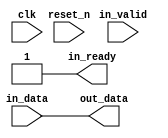
// --------------------------------------------------------------------------------
//| Avalon Streaming Timing Adapter
// --------------------------------------------------------------------------------
// altera message_level level1

`timescale 1ns / 100ps
module qsys_10g_eth_10g_design_example_0_pa_pg_after_timing_adapter (
    
      // Interface: clk
      input              clk,
      // Interface: reset
      input              reset_n,
      // Interface: in
      output reg         in_ready,
      input              in_valid,
      input      [ 1: 0] in_data,
      // Interface: out
      output reg [ 1: 0] out_data
);




   // ---------------------------------------------------------------------
   //| Signal Declarations
   // ---------------------------------------------------------------------

   reg  [ 1: 0] in_payload;
   reg  [ 1: 0] out_payload;
   reg  [ 0: 0] ready;
   reg          out_valid;
   // synthesis translate_off
   always @(negedge out_valid) begin
      $display("%m: The downstream component expects valid data, but the upstream component cannot provide it.");
   end
   // synthesis translate_on


   // ---------------------------------------------------------------------
   //| Payload Mapping
   // ---------------------------------------------------------------------
   always @* begin
     in_payload = {in_data};
     {out_data} = out_payload;
   end

   // ---------------------------------------------------------------------
   //| Ready & valid signals.
   // ---------------------------------------------------------------------
   always @* begin
     ready[0] = 1;
     out_valid = in_valid;
     out_payload = in_payload;
     in_ready = ready[0];
   end




endmodule